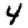
Digit: 4